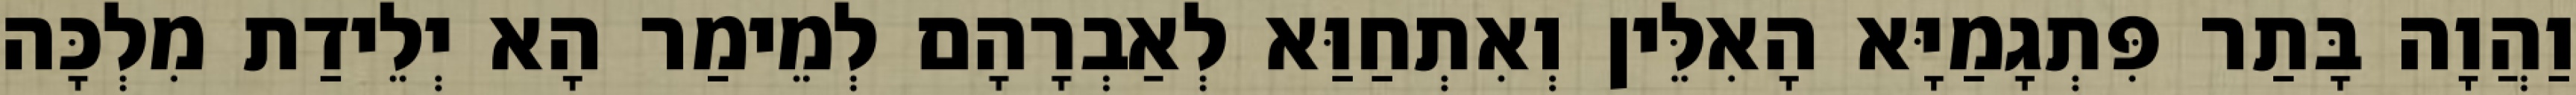
וַהֲוָה בָּתַר פִּתְגָמַיָּא הָאִלֵּין וְאִתְחַוַּא לְאַבְרָהָם לְמֵימַר הָא יְלֵידַת מִלְכָּה